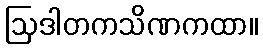
ဩဒါတကသိဏကထာ။